Indian journal of veterinary science and animal husbandry - Volume 14,
Year: 1944
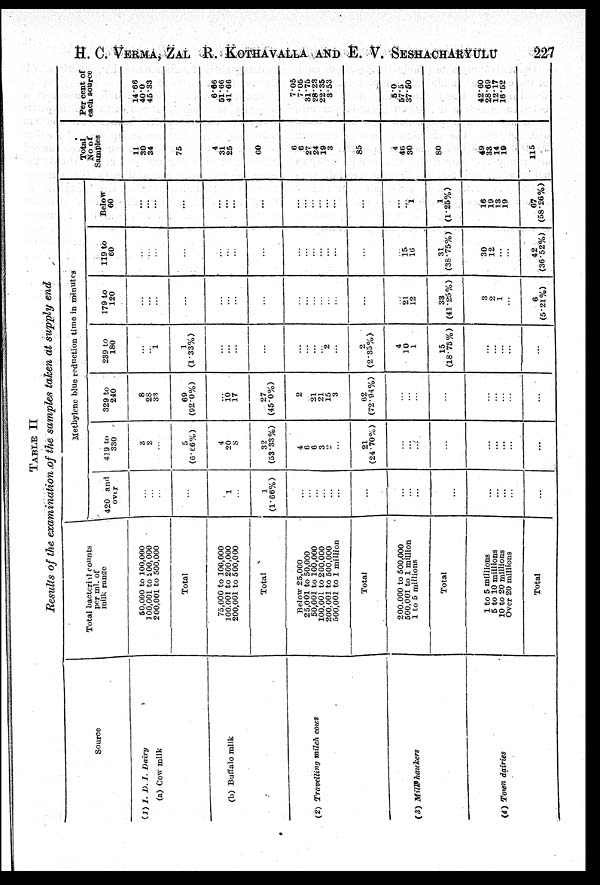
H. C. VERMA, ZAL R. KOTHAVALLA AND E. V. SESHACHARYULU 227
TABLE
II
Results of the examination of the samples taken at supply end
Source
(1) I. D. I. Dairy
(a) Cow milk
(b) Buffalo mlik
(2) Travelling milch cows
(3) Milk hawkers
(4) Town dairies
Total bacterial counts
per ml. of
milk range
50,000 to 100,000
100,001 to 200,000
200,001 to 500,000
Total
75,000 to 100,000
100,001 to 200,000
200,001 to 500,000
Total
Below 25,000
25,001 to 50,000
50,001 to 100,000
100,001 to 200,000
200,001 to 500,000
500,001 to 1 million
Total
200,000 to 500,000
500,001 to 1 million
1 to 5 millions
Total
1 to 5 millions
5 to 10 millions
10 to 20 millions
Over 20 millions
Total
Methylene blue reduction time in minutes
420 and
over
...
...
...
...
...
1
...
1
(1.66%)
...
...
...
...
...
...
...
...
...
...
...
...
...
...
...
...
...
419 to
330
3
2
...
5
(6.66%)
4
20
8
32
(53.33%)
4
6
6
3
2
...
21
(24.70%)
...
...
...
...
...
...
...
...
...
...
329 to
240
8
28
33
69
(920%)
...
10
17
27
(45.0%)
2
... 21
21
15
3
62
(72.94%)
...
...
...
...
...
...
...
...
...
...
239 to
180
...
... 1
1
(1.33%)
...
...
...
...
...
...
...
... 2
...
2
(2.35%)
4
10
1
15
(18.75%)
...
...
...
...
...
179 to
120
...
....
...
...
...
...
...
...
...
...
...
...
...
...
...
...
21
12
33
(41.25%)
3
2
1
...
6
(5.21%)
119 to
60
...
...
...
...
...
...
...
...
...
...
...
...
...
...
...
...
15
16
31
(38.75%)
30
12
...
...
42
(36.52%)
Below
60
...
...
...
...
...
...
...
...
...
...
...
...
...
...
...
...
1
...
1
(1.25%)
16
19
13
19
67
(58.26%)
Total
No of
Samples
11
30
34
75
4
31
25
60
6
6
27
24
19
3
85
4
46
30
80
49
33
14
19
115
Per cent of
each source
14.66
40.0
45.33
6.66
51.66
41.66
7.05
7.05
31.75
28.23
22.35
3.53
5.0
57.5
37.50
42.60
28.69
12.17
16.52